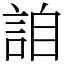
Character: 詯